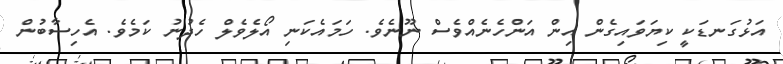
އަޅުގަނޑަކީ ކިޔަވައިގެން އިން އަންހެނެއްވެސް ނޫނެވެ. ހަމައެކަނި އޯލެވެލް ހެދުނު ކަމެވެ. އެހިސާބުން